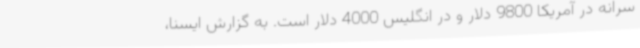
سرانه در آمریکا 9800 دلار و در انگلیس 4000 دلار است. به گزارش ایسنا،